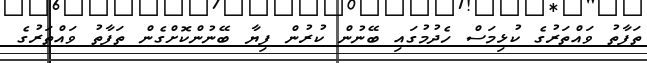
ތަފާތު ވައްތަރުގެ ކުޅިމަސް ހެދުމުގައި ބޭނުން ކުރުން ފިޔާ ބޭނުންކޮށްގެން ތަފާތު ވައްތަރުގެ